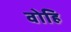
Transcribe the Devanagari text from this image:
वोहि